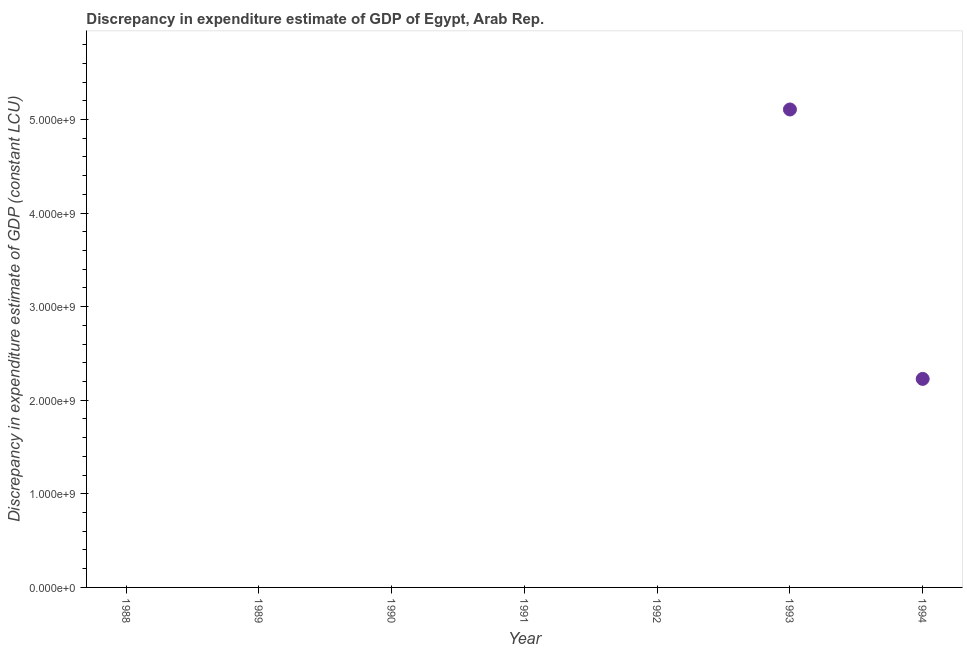
| Year | Discrepancy constant LCU |
 | --- | --- |
 | 1988 | -1.17e+10 |
 | 1989 | -8e+09 |
 | 1990 | -4.81e+09 |
 | 1991 | -1.75e+09 |
 | 1992 | -6.41e+09 |
 | 1993 | 5.11e+09 |
 | 1994 | 2.23e+09 |